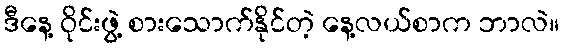
ဒီနေ့ ဝိုင်းဖွဲ့ စားသောက်နိုင်တဲ့ နေ့လယ်စာက ဘာလဲ။